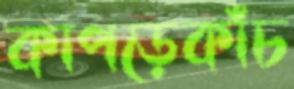
কাপড়েকাঁচ